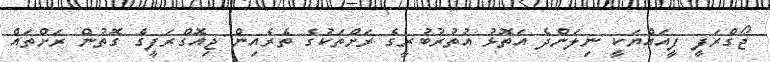
ޖޯގްރަފީ ފީއައްޔަކީ ނިލަންދެ އަތޮޅު އުތުރުބުރީގެ ރަށްތަކުގެ ތެރެއިން ޖިއޮގްރަފީގެ ގޮތުން ރަށްތައް